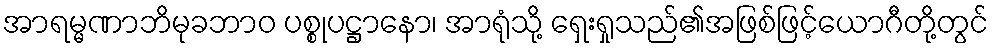
အာရမ္မဏာဘိမုခဘာဝ ပစ္စုပဋ္ဌာနော၊ အာရုံသို့ ရှေးရှုသည်၏အဖြစ်ဖြင့်ယောဂီတို့တွင်